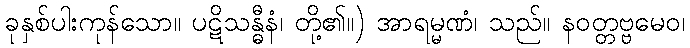
ခုနှစ်ပါးကုန်သော။ ပဋိသန္ဓီနံ၊ တို့၏။) အာရမ္မဏံ၊ သည်။ နဝတ္တဗ္ဗမေဝ၊